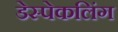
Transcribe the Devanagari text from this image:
डेस्पेकलिंग